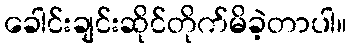
ခေါင်းချင်းဆိုင်တိုက်မိခဲ့တာပါ။